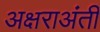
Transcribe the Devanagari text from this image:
अक्षराअंती